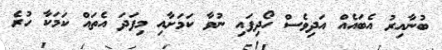
ބުނާއިރު އެބައެއް އަދިވެސް ހޯދިފައި ނުވާ ކަމަށާއި މިފަދަ އެތައް ކަމަކާ ހުރެ